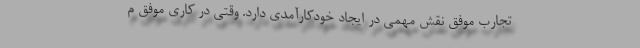
تجارب موفق نقش مهمی در ایجاد خودکارآمدی دارد. وقتی در کاری موفق م